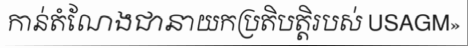
កាន់តំណែងជានាយកប្រតិបត្តិរបស់ USAGM»